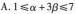
A.$$1\leq \alpha +3\beta \leq 7$$